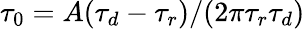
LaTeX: \tau_{0}=A(\tau_{d}-\tau_{r})/(2\pi\tau_{r}\tau_{d})